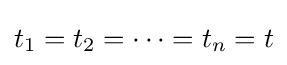
t_{1}=t_{2}=\cdots =t_{n}=t